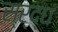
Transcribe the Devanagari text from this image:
स्र्द्ध